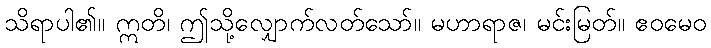
သိရာပါ၏။ ဣတိ၊ ဤသို့လျှောက်လတ်သော်။ မဟာရာဇ၊ မင်းမြတ်။ ဧဝမေဝ